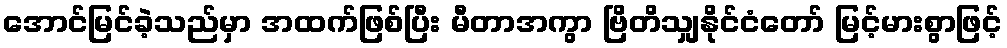
အောင်မြင်ခဲ့သည်မှာ အထက်ဖြစ်ပြီး မီတာအကွာ ဗြိတိသျှနိုင်ငံတော် မြင့်မားစွာဖြင့်